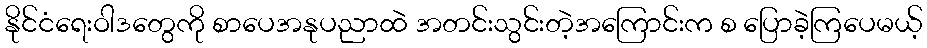
နိုင်ငံရေးဝါဒတွေကို စာပေအနုပညာထဲ အတင်းသွင်းတဲ့အကြောင်းက စ ပြောခဲ့ကြပေမယ့်